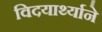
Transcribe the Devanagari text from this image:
विदयार्थ्‍याने